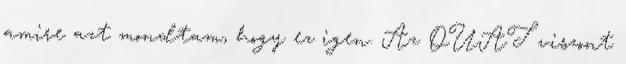
amire azt mondtam, hogy ez igen. Az OUAT viszont